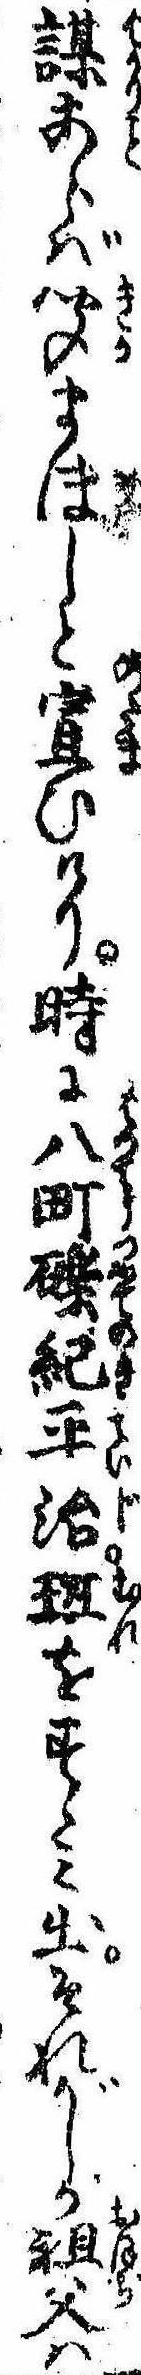
謀あらば聞まほしと宣ひけり時に八町礫紀平治班をすゝみ出それがしが祖父は